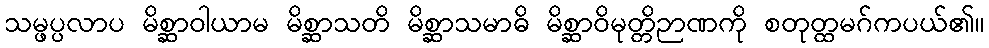
သမ္ဖပ္ပလာပ မိစ္ဆာဝါယာမ မိစ္ဆာသတိ မိစ္ဆာသမာဓိ မိစ္ဆာဝိမုတ္တိဉာဏကို စတုတ္ထမဂ်ကပယ်၏။